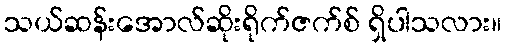
သယ်ဆန်းအောလ်ဆိုးရိုက်ဇက်စ် ရှိပါသလား။